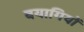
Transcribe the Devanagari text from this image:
बयागियों